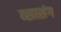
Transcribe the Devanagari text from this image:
व्सत्संग